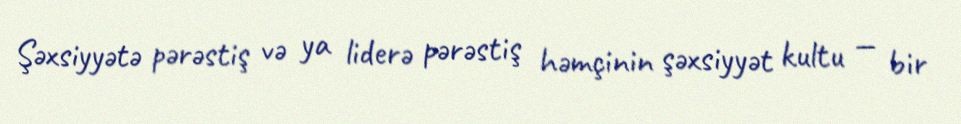
Şəxsiyyətə pərəstiş və ya liderə pərəstiş həmçinin şəxsiyyət kultu — bir